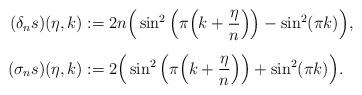
LaTeX: \begin{align*}(\delta_n s)(\eta,k)&:=2n\Big(\sin^2\left(\pi\Big(k+\frac{\eta}{n}\Big)\right)-\sin^2(\pi k)\Big), \vphantom{\Bigg\{}\\(\sigma_ns)(\eta,k)&:=2\Big(\sin^2\left(\pi\Big(k+\frac{\eta}{n}\Big)\right)+\sin^2(\pi k)\Big). \end{align*}